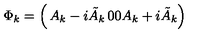
\Phi _ { k } = \left( \begin{matrix} { A _ { k } - i \tilde { A } _ { k } } & { 0 } \\ { 0 } & { A _ { k } + i \tilde { A } _ { k } } \\ \end{matrix} \right)